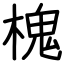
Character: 槐